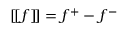
\left[ \! [ f ] \! \right] = f ^ { + } - f ^ { - }